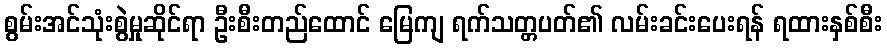
စွမ်းအင်သုံးစွဲမှုဆိုင်ရာ ဦးစီးတည်ထောင် မြေကျ ရက်သတ္တပတ်၏ လမ်းခင်းပေးရန် ရထားနှစ်စီး